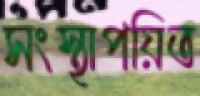
সংস্থাপয়িত